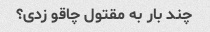
چند بار به مقتول چاقو زدی؟